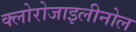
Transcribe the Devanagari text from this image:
क्लोरोजाइलीनोल